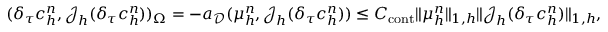
\begin{array} { r } { ( \delta _ { \tau } c _ { h } ^ { n } , \boldsymbol { \mathcal { J } } _ { h } ( \delta _ { \tau } c _ { h } ^ { n } ) ) _ { \Omega } = - a _ { \mathcal { D } } ( \boldsymbol { \mu } _ { h } ^ { n } , \boldsymbol { \mathcal { J } } _ { h } ( \delta _ { \tau } c _ { h } ^ { n } ) ) \leq C _ { \mathrm { c o n t } } \| \boldsymbol { \mu } _ { h } ^ { n } \| _ { 1 , h } \| \boldsymbol { \mathcal { J } } _ { h } ( \delta _ { \tau } c _ { h } ^ { n } ) \| _ { 1 , h } , } \end{array}